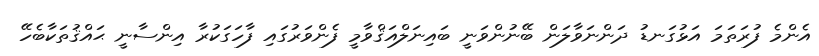
އެންމެ ފުރަތަމަ އަޅުގަނޑު ދަންނަވާލަން ބޭނުންވަނީ ބައިނަލްއަޤްވާމީ ފެންވަރުގައި ފާހަގަކުރާ އިންސާނީ ޙައްޤުތަކާބެހޭ